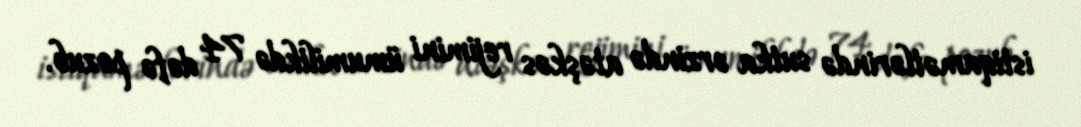
istiqamətlərində sutka ərzində atəşkəs rejimini ümumilikdə 74 dəfə pozub.